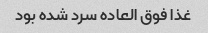
غذا فوق العاده سرد شده بود